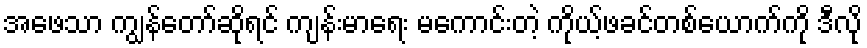
အဖေသာ ကျွန်တော်ဆိုရင် ကျန်းမာရေး မကောင်းတဲ့ ကိုယ့်ဖခင်တစ်ယောက်ကို ဒီလို